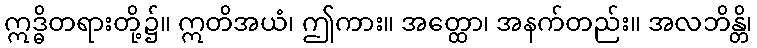
ဣဒ္ဓိတရားတို့၌။ ဣတိအယံ၊ ဤကား။ အတ္ထော၊ အနက်တည်း။ အလဘိန္တိ၊